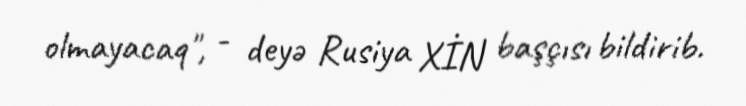
olmayacaq", - deyə Rusiya XİN başçısı bildirib.